Vaccination North-Western Provinces 1866-1877 - 1866-1877
Year: 1866
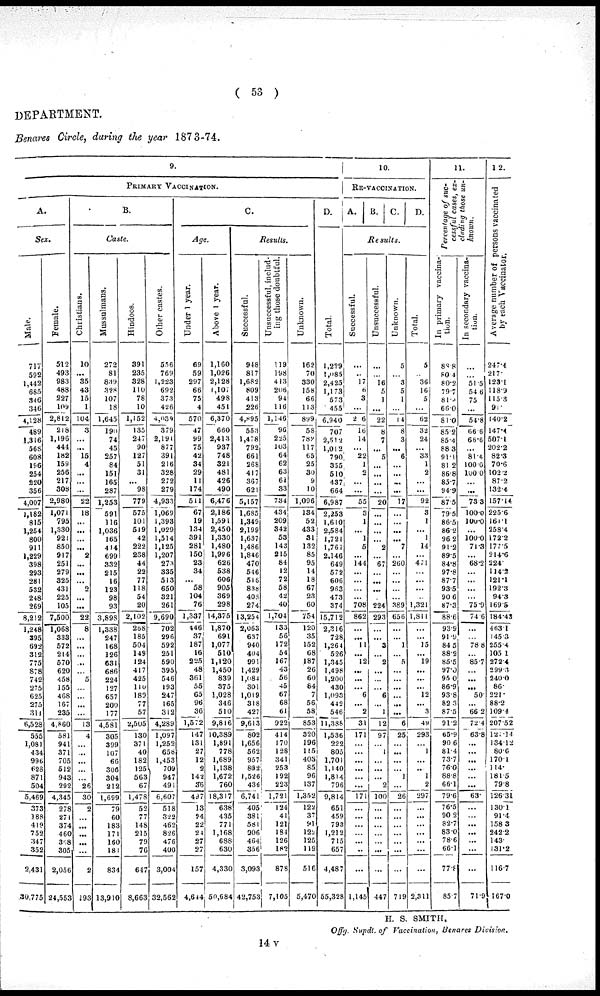
( 53 )
DEPARTMENT.
Benares Circle, during the year 1873-74.
9.
PRIMARY VACCINATION.
A.
Sex.
Male.
717
592
1,442
685
346
346
4,128
489
1.316
56S
608
196
254
220
356
4,007
1,182
815
1,254
800
911
1,229
398
293
281
532
248
269
8,212
1,248
395
692
312
775
878
742
275
625
275
311
6,528
555
1,081
434
996
623
871
504
5,469
373
189
419
752
347
352
2,431
30,775
Female.
512
493
983
488
227
109
2,812
218
1,196
444
182
159
256
217
308
2,980
1,071
795
1,330
921
850
917
251
279
325
431
225
105
7,500
1,068
333
572
214
570
620
458
155
468
167
235
4,860
581
941
371
705
512
943
292
4,345
278
271
374
460
368
305
2,056
24,553
B.
Caste.
Christians.
10
...
35
43
15
1
104
3
...
..
15
4
...
...
...
22
18
...
...
...
...
2
...
...
...
2
...
...
22
8
...
...
...
...
...
5
...
...
...
...
13
4
...
...
...
...
...
26
30
2
...
...
...
...
...
2
193
Mussulmans.
272
81
839
328
107
18
1,645
190
74
45
257
84
151
165
287
1,253
591
116
1,036
165
414
699
332
215
16
123
98
93
3,898
1,338
247
168
126
631
686
224
127
657
200
177
4,581
305
399
107
66
306
304
212
1,699
79
60
183
171
160
181
834
13,910
Hindoos.
391
235
328
110 78
10
1,152
135
247
90
127
51
31
...
98
779
575
101
519
42
222
238
44
22
77
118
54
20
2,102
268
185
504
149
124
417
425
110
189
77
57
2,505
130
371
40
182
125
563
67
1,478
52
77
148
215
79
76
647
8,663
Other castes.
556
769
1,223
692
373
426
4,039
379
2,191
877
391
216
328
272
279
4,933
1,069
1,393
1,029
1,514
1,125
1,207
273
335
513
650
321
261
9,690
702
296
592
251
590
395
546
193
247
165
312
4,289
1,097
1,252
658
1,453
709
947
491
6,607
518
322
462
826
476
400
3,004
32,562
C.
Age.
Under 1 year.
69
59
297
66
75
4
570
47
99
75
42
34
29
11
174
511
67
19
134
391
281
150
23
34
...
58
104
76
1,337
446
37
187
16
225
48
361
55
65
96
36
1,572
147
131
27
12
2
142
36
497
13
24
22
24
27
27
157
4,644
Above 1 year.
1,160
1,026
2,128
1,107
498
451
6,370
660
2,413
937
748
321
481
426
490
6,476
2,186
1,591
2,450
1,330
1,480
1,996
626
538
606
905
369
298
14,375
1,870
691
1,077
510
1,120
1,450
839
375
1,028
346
510
9,816
10,389
1,891
778
1,689
1,138
1,672
760
18,317
638
435
771
1,168
688
630
4,330
50,684
Results.
Successful.
948
817
1,682
809
413
226
4.895
553
1,478
792
661
268
417
367
621
5,157
1,685
1,349
2,199
1,637
1,486
1,846
470
546
518
838
403
274
13,254
2,063
637
940
404
991
1,429
1,084
301
1,019
318
427
9,613
802
1,656
562
957
802
1,526
436
6,741
405
381
581
906
464
356
3,093
42,753
Unsuccessful, includ-
ing those doubtful.
119
198
413
206
94
116
1,146
96
225
103
64
62
63
6l
33
734
434
209
342
53
143
215
84
12
72
58
42
40
1,704
133
56
172
54
167
43
56
45
67
68
61
922
414
170
128
341
253
192
223
1,721
124
41
121
184
126
182
878
7,105
Unknown.
162
70
330
158
66
113
899
58
782
117
65
25
30
9
10
1,096
134
52
433
31
132
85
95
14
18
67
23
60
754
120
35
152
68
187
26
60
84
7
56
58
853
320
196
115
403
85
96
137
1,352
122
37
91
122
125
119
516
5,470
D.
Total.
1,229
1,0185
2,425
1,173
573
455
6.940
707
2,512
1,012
790
355
510
437
664
6,987
2,253
1,610
2,584
1,721
1,761
2,146
649
572
606
963
473
374
15,712
2,316
728
1,264
526
1,345
1,498
1,200
430
1,093
442
546
11,388
1,536
222
805
1,701
1,140
1,814
796
9,814
651
459
793
1,212
715
657
4,487
55,328
10.
RE-VACCINATION.
A. B. C. D.
Results.
Successful.
...
...
17
6
3
...
2 6
16
14
...
22
1
2
...
...
55
3
1
...
1
5
...
144
...
...
...
708
862
...
...
11
...
12
...
...
...
6
...
2
31
171
...
...
...
...
...
...
171
...
...
...
...
...
...
...
1,145
Unsuccessful.
...
...
16
5
1
...
22
8
7
...
5
...
...
...
...
20
...
...
...
...
2
...
67
...
...
...
...
224
293
...
...
3
...
2
...
...
...
6
...
1
12
97
...
1
...
...
...
2
100
...
...
...
...
...
...
...
447
Unknown.
5
...
3
5
1
...
14
8
3
...
6
...
...
...
...
17
...
...
...
...
7
...
260
...
...
...
...
389
656
...
...
1
...
5
...
...
...
...
...
...
6
25
...
...
...
...
1
...
26
...
...
...
...
...
...
...
719
Total.
5
...
36
16
5
...
62
32
24
...
33
1
2
...
...
92
3
1
...
1
14
...
471
...
...
...
1,321
1,811
...
15
...
19
...
...
...
12
...
3
49
293
...
1
...
..
1
2
297
...
...
...
...
...
...
2,311
11.
Percentage of suc-
cessful cases, ex-
cluding those un-
known.
In primary vaccina-
tion.
88 8
80.4
80.2
79.7
81.5
66.0
81.0
85.2
85.4
88 3
91.1
81 2
86.8
85.7
94.9
87.5
79.5
86.5
86.2
96 2
91.2
89.5
84.8
97.8
87.7
93.5
90 6
87.3
88.6
93 9
91 9
84 5
88.2
85.5
97.0
95 0
86.9
93.8
82.3
87.5
91.2
65.9
90 6
81.4
73.7
76.0
88.8
66.1
79.6
76.5
90 2
82.7
83.0
78.6
66.1
77.8
85.7
In secondary vaccination.
...
...
51.5
54 6
75
...
54.8
06.6
66.6
...
81.4
100.0
100.0
...
...
73.3
100.0
100.0
...
100.0
71.3
...
68.2
...
...
...
...
75.9
74.6
...
...
78.8
...
85.7
...
...
...
50
...
66 2
72.4
63.8
...
...
...
...
...
...
63
...
...
...
...
...
...
...
71.9
12.
Average number of persons vaccinated
by each Vaccinator.
247.4
217.
123.1
118.9
115.3
91.
140.2
147.4
507.1
202.2
82.3
70.6
102.2
87.2
132.4
157.14
225.6
161.1
258.4
172.2
177.5
214.6
224.
114.2
121.l
192.3
94.3
169.5
184.43
463.1
145.3
255.4
105 1
272.4
299.3
240.0
86
221
88.2
109.4
207.52
123.14
134.12
80.6
170.1
114.
181.5
79.8
126.31
130.1
91.4
158 3
242.2
143.
131.2
116.7
167.0
H. S. SMITH,
Offg. Supdt. of Vaccination, Benares Division.
14 V